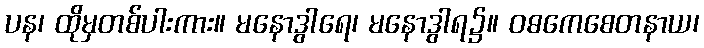
ပန၊ ထိုမှတစ်ပါးကား။ မနောဒွါရေ၊ မနောဒွါရ၌။ ဝဓကေစေတနာယ၊